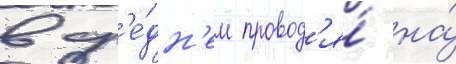
в ср'е́дн'ем провод'я́ на́